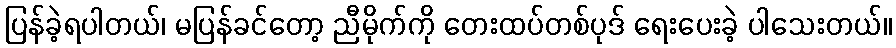
ပြန်ခဲ့ရပါတယ်၊ မပြန်ခင်တော့ ညီမိုက်ကို တေးထပ်တစ်ပုဒ် ရေးပေးခဲ့ ပါသေးတယ်။